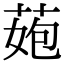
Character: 𦰾